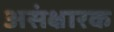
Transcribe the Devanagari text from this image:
असंक्षारक